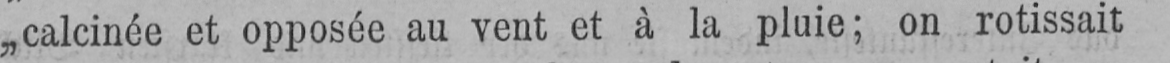
„calcinée et opposée au vent et à la pluie; on rotissait